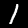
Label: 1